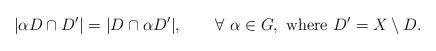
LaTeX: \begin{align*}|\alpha D\cap D'|=|D\cap\alpha D'|,\qquad\forall~\alpha\in G,\ \hbox{where } D' = X \setminus D.\end{align*}